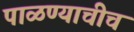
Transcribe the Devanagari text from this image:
पाळण्याचीच